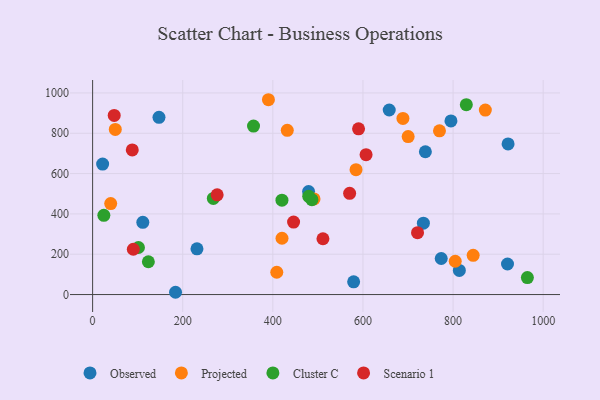
{"axis": {"x": "Price", "y": "Exam Score"}, "legend": ["Cluster C", "Observed", "Projected", "Scenario 1"], "data": [{"x": "734.1", "y": 354.2, "type": "Observed"}, {"x": "184.0", "y": 11.3, "type": "Observed"}, {"x": "111.4", "y": 358.4, "type": "Observed"}, {"x": "579.3", "y": 63.2, "type": "Observed"}, {"x": "738.5", "y": 708.3, "type": "Observed"}, {"x": "813.9", "y": 119.5, "type": "Observed"}, {"x": "795.3", "y": 861.1, "type": "Observed"}, {"x": "231.6", "y": 226.7, "type": "Observed"}, {"x": "920.8", "y": 151.6, "type": "Observed"}, {"x": "773.7", "y": 178.9, "type": "Observed"}, {"x": "658.3", "y": 915.5, "type": "Observed"}, {"x": "147.3", "y": 879.2, "type": "Observed"}, {"x": "479.3", "y": 510.7, "type": "Observed"}, {"x": "22.2", "y": 647.3, "type": "Observed"}, {"x": "922.1", "y": 747.2, "type": "Observed"}, {"x": "700.3", "y": 783.7, "type": "Projected"}, {"x": "420.3", "y": 279.3, "type": "Projected"}, {"x": "432.0", "y": 814.6, "type": "Projected"}, {"x": "688.7", "y": 873.4, "type": "Projected"}, {"x": "40.1", "y": 451.3, "type": "Projected"}, {"x": "50.3", "y": 819.0, "type": "Projected"}, {"x": "408.7", "y": 110.7, "type": "Projected"}, {"x": "871.6", "y": 915.0, "type": "Projected"}, {"x": "769.8", "y": 812.2, "type": "Projected"}, {"x": "491.4", "y": 474.4, "type": "Projected"}, {"x": "844.6", "y": 194.5, "type": "Projected"}, {"x": "804.8", "y": 165.1, "type": "Projected"}, {"x": "584.6", "y": 619.4, "type": "Projected"}, {"x": "390.2", "y": 966.4, "type": "Projected"}, {"x": "486.7", "y": 470.6, "type": "Cluster C"}, {"x": "267.9", "y": 476.6, "type": "Cluster C"}, {"x": "24.9", "y": 393.0, "type": "Cluster C"}, {"x": "420.2", "y": 468.1, "type": "Cluster C"}, {"x": "479.6", "y": 487.3, "type": "Cluster C"}, {"x": "964.9", "y": 84.0, "type": "Cluster C"}, {"x": "357.1", "y": 835.9, "type": "Cluster C"}, {"x": "829.4", "y": 941.7, "type": "Cluster C"}, {"x": "123.7", "y": 162.6, "type": "Cluster C"}, {"x": "101.7", "y": 233.4, "type": "Cluster C"}, {"x": "276.4", "y": 494.8, "type": "Scenario 1"}, {"x": "446.0", "y": 359.3, "type": "Scenario 1"}, {"x": "511.2", "y": 276.9, "type": "Scenario 1"}, {"x": "590.2", "y": 822.0, "type": "Scenario 1"}, {"x": "721.1", "y": 306.7, "type": "Scenario 1"}, {"x": "47.9", "y": 888.5, "type": "Scenario 1"}, {"x": "606.9", "y": 693.8, "type": "Scenario 1"}, {"x": "88.0", "y": 717.4, "type": "Scenario 1"}, {"x": "90.3", "y": 224.6, "type": "Scenario 1"}, {"x": "570.4", "y": 501.9, "type": "Scenario 1"}]}